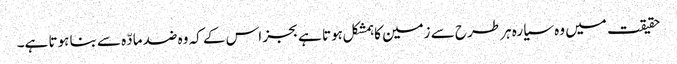
حقیقت میں وہ سیارہ ہر طرح سے زمین کا ہمشکل ہوتا ہے بجز اس کے کہ وہ ضد مادّہ سے بنا ہوتا ہے۔